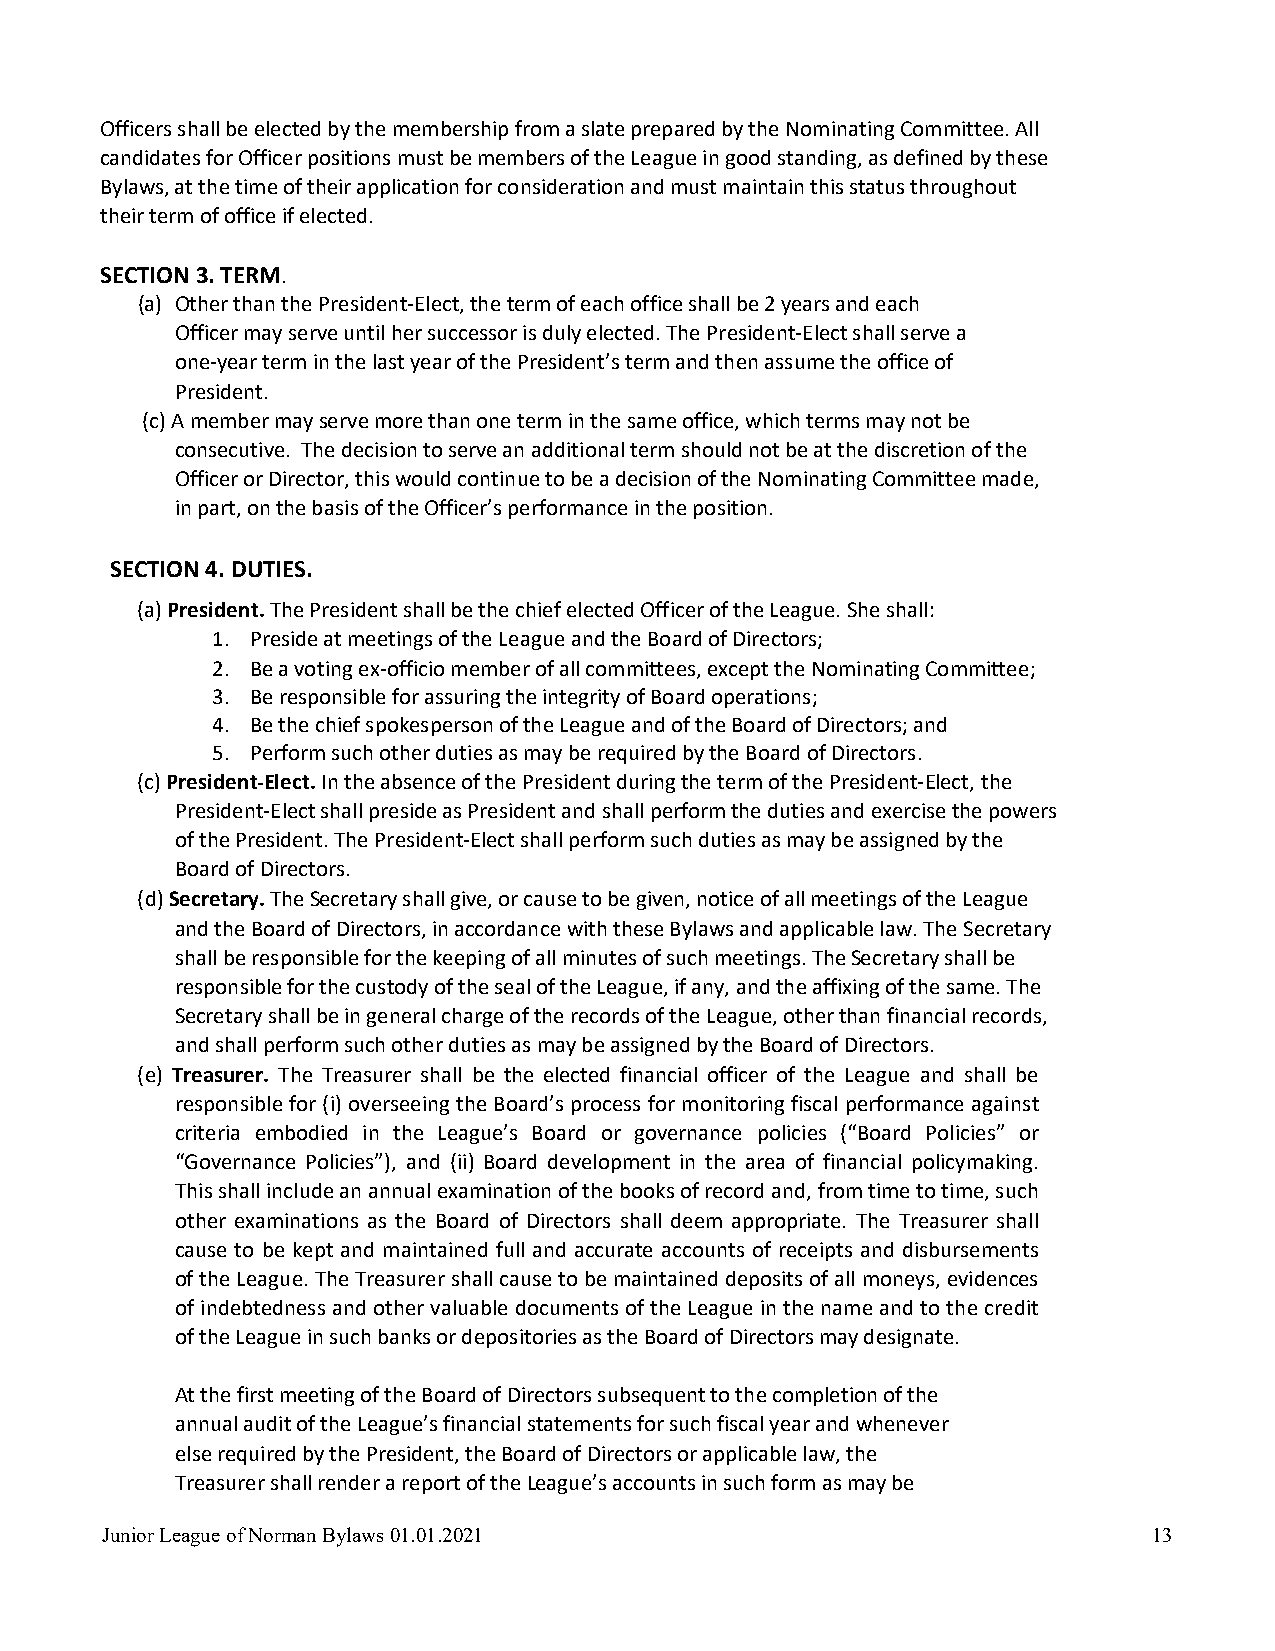
Officers shall be elected by the membership from a slate prepared by the Nominating Committee. All
 candidates for Officer positions must be members of the League in good standing, as defined by these
 Bylaws, at the time of their application for consideration and must maintain this status throughout
 their term of office if elected.
 SECTION 3. TERM.
 (a) Other than the President-Elect, the term of each office shall be 2 years and each
 Officer may serve until her successor is duly elected. The President-Elect shall serve a
 one-year term in the last year of the President’s term and then assume the office of
 President.
 (c) A member may serve more than one term in the same office, which terms may not be
 consecutive. The decision to serve an additional term should not be at the discretion of the
 Officer or Director, this would continue to be a decision of the Nominating Committee made,
 in part, on the basis of the Officer’s performance in the position.
 SECTION 4. DUTIES.
 (a) President. The President shall be the chief elected Officer of the League. She shall:
 1. Preside at meetings of the League and the Board of Directors;
 2. Be a voting ex-officio member of all committees, except the Nominating Committee;
 3. Be responsible for assuring the integrity of Board operations;
 4. Be the chief spokesperson of the League and of the Board of Directors; and
 5. Perform such other duties as may be required by the Board of Directors.
 (c) President-Elect. In the absence of the President during the term of the President-Elect, the
 President-Elect shall preside as President and shall perform the duties and exercise the powers
 of the President. The President-Elect shall perform such duties as may be assigned by the
 Board of Directors.
 (d) Secretary. The Secretary shall give, or cause to be given, notice of all meetings of the League
 and the Board of Directors, in accordance with these Bylaws and applicable law. The Secretary
 shall be responsible for the keeping of all minutes of such meetings. The Secretary shall be
 responsible for the custody of the seal of the League, if any, and the affixing of the same. The
 Secretary shall be in general charge of the records of the League, other than financial records,
 and shall perform such other duties as may be assigned by the Board of Directors.
 (e) Treasurer. The Treasurer shall be the elected financial officer of the League and shall be
 responsible for (i) overseeing the Board’s process for monitoring fiscal performance against
 criteria embodied in the League’s Board or governance policies (“Board Policies” or
 “Governance Policies”), and (ii) Board development in the area of financial policymaking.
 This shall include an annual examination of the books of record and, from time to time, such
 other examinations as the Board of Directors shall deem appropriate. The Treasurer shall
 cause to be kept and maintained full and accurate accounts of receipts and disbursements
 of the League. The Treasurer shall cause to be maintained deposits of all moneys, evidences
 of indebtedness and other valuable documents of the League in the name and to the credit
 of the League in such banks or depositories as the Board of Directors may designate.
 At the first meeting of the Board of Directors subsequent to the completion of the
 annual audit of the League’s financial statements for such fiscal year and whenever
 else required by the President, the Board of Directors or applicable law, the
 Treasurer shall render a report of the League’s accounts in such form as may be
 Junior League of Norman Bylaws 01.01.2021                            13